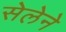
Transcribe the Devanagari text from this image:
सेलेने